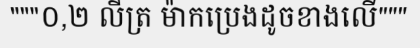
"""០,២ លីត្រ ម៉ាកប្រេងដូចខាងលើ"""